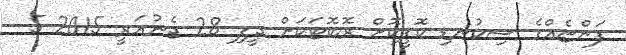
ފަންޏެއްގެ ސިކުނޑި ކޮޕީކޮށް ރޮބޮޓަކަށް ދީފި 28 ޖެނުއަރީ 2015 5